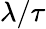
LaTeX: \lambda/\tau